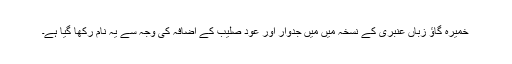
خمیرہ گاؤ زباں عنبری کے نسخہ میں میں جدوار اور عود صلیب کے اِضافہ کی وجہ سے یہ نام رکھا گیا ہے۔